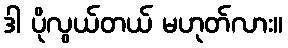
ဒါ ပိုလွယ်တယ် မဟုတ်လား။